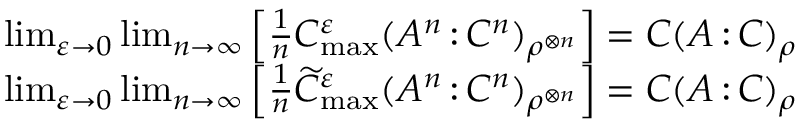
\begin{array} { r } { \operatorname* { l i m } _ { \varepsilon \to 0 } \operatorname* { l i m } _ { n \to \infty } \left[ \frac { 1 } { n } C _ { \operatorname* { m a x } } ^ { \varepsilon } ( A ^ { n } { \, : \, } C ^ { n } ) _ { \rho ^ { \otimes n } } \right] = C ( A { \, : \, } C ) _ { \rho } } \\ { \operatorname* { l i m } _ { \varepsilon \to 0 } \operatorname* { l i m } _ { n \to \infty } \left[ \frac { 1 } { n } \widetilde { C } _ { \operatorname* { m a x } } ^ { \varepsilon } ( A ^ { n } { \, : \, } C ^ { n } ) _ { \rho ^ { \otimes n } } \right] = C ( A { \, : \, } C ) _ { \rho } } \end{array}